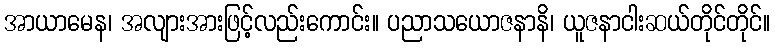
အာယာမေန၊ အလျားအားဖြင့်လည်းကောင်း။ ပညာသယောဇနာနိ၊ ယူဇနာငါးဆယ်တိုင်တိုင်။